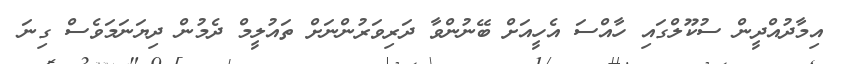
އިމާދުއްދީން ސުކޫލްގައި ހާއްސަ އެހީއަށް ބޭނުންވާ ދަރިވަރުންނަށް ތައުލީމް ދެމުން ދިޔަނަމަވެސް ގިނަ